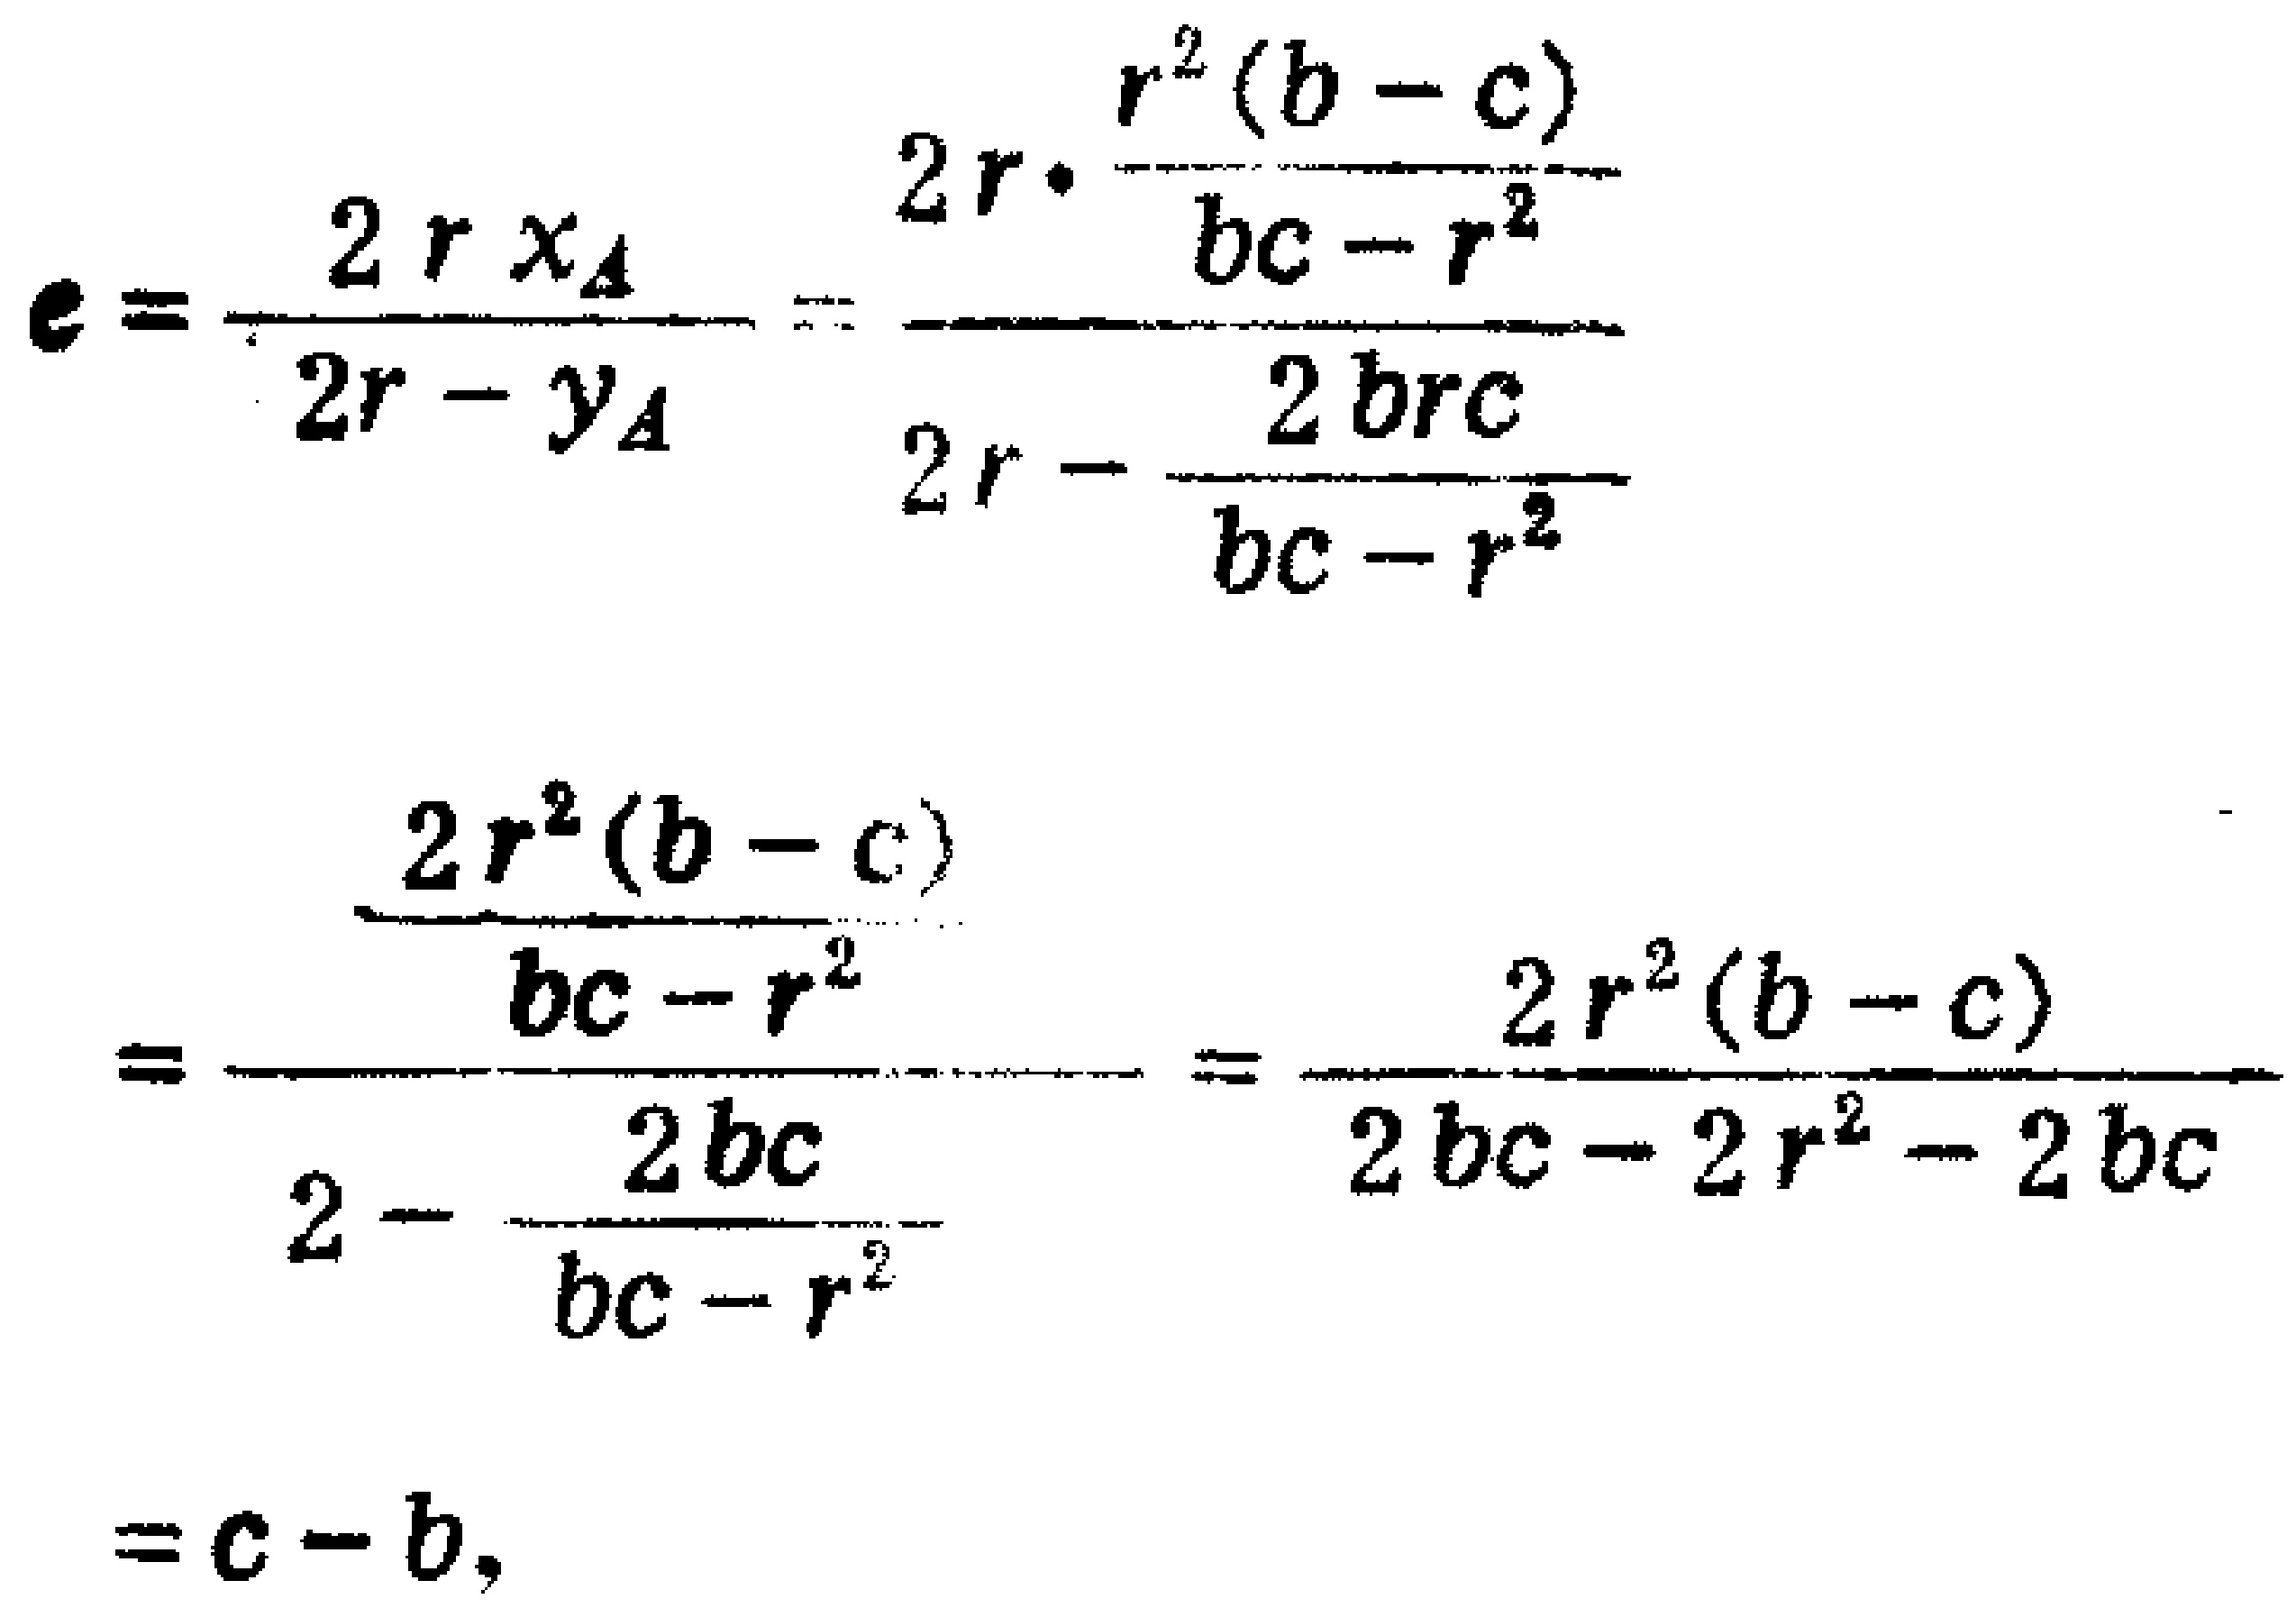
\[
\begin{align*}
e&=\frac{2rx_{A}}{2r - y_{A}}=\frac{2r\cdot\frac{r^{2}(b - c)}{bc - r^{2}}}{2r-\frac{2brc}{bc - r^{2}}}\\
&=\frac{\frac{2r^{2}(b - c)}{bc - r^{2}}}{2-\frac{2bc}{bc - r^{2}}}=\frac{2r^{2}(b - c)}{2bc - 2r^{2}- 2bc}\\
&=c - b,
\end{align*}
\]